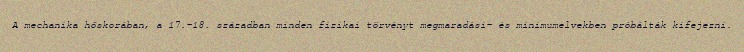
A mechanika hőskorában, a 17.-18. században minden fizikai törvényt megmaradási- és minimumelvekben próbálták kifejezni.